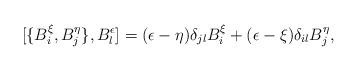
LaTeX: \begin{align*}[\{B_i^\xi,B_j^\eta\},B_l^\epsilon]=(\epsilon-\eta)\delta_{jl}B_i^\xi+ (\epsilon-\xi)\delta_{il}B_j^\eta,\end{align*}